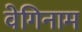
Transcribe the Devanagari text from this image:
वेगिनाम